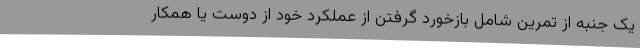
یک جنبه از تمرین شامل بازخورد گرفتن از عملکرد خود از دوست یا همکار